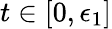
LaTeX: t\in[0,\epsilon_{1}]